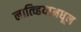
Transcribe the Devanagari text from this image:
लात्व्हियामधून